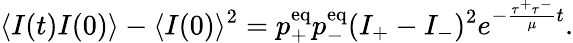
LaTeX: \langle I(t)I(0)\rangle-\langle I(0)\rangle^{2}=p_{+}^{\mathrm{eq}}p_{-}^{\mathrm{eq}}(I_{+}-I_{-})^{2}e^{-\frac{\tau^{+}\tau^{-}}{\mu}t}.